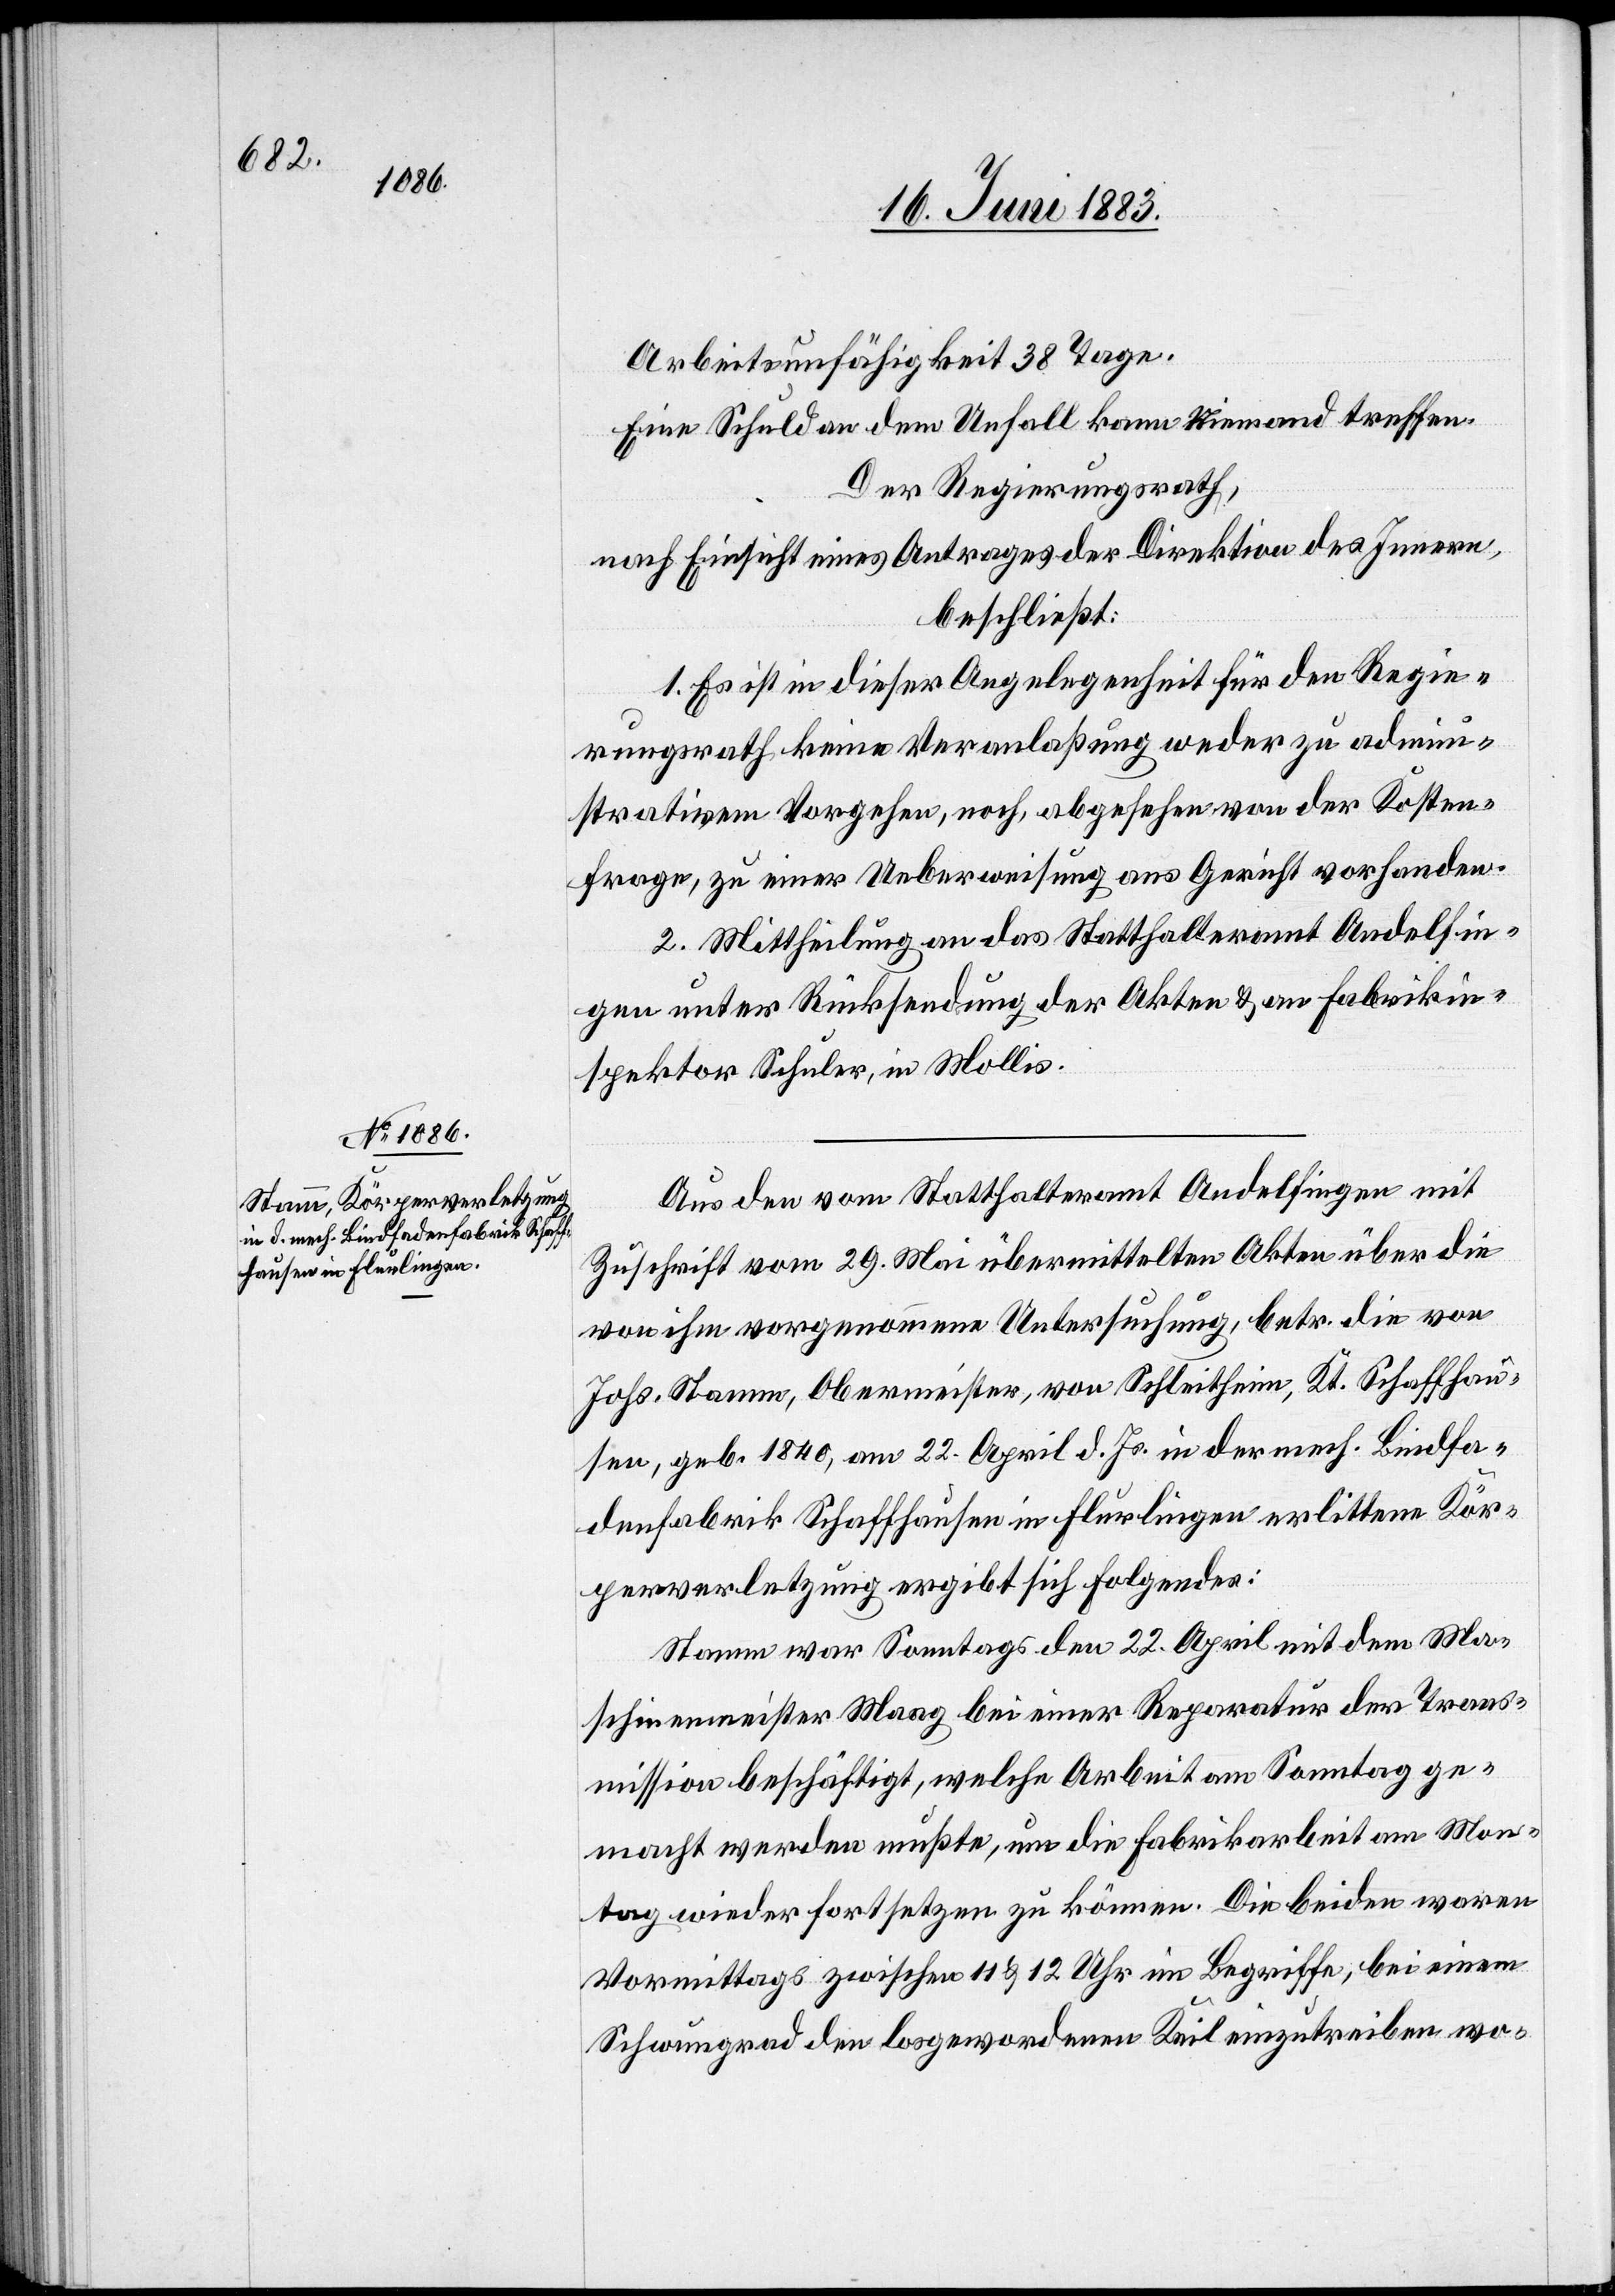
Aus den vom Statthalteramt Andelfingen mit
Zuschrift vom 29. Mai übermittelten Akten über die
von ihm vorgenommene Untersuchung, betr. die von
Johs. Stamm, Obermeister, von Schleitheim, Kt. Schaffhau¬
sen, geb. 1840, am 22. April d. Js. in der mech. Bindfa¬
denfabrik Schaffhausen in Flurlingen erlittene Kör¬
perverletzung ergibt sich folgendes:
Stamm war Sonntags den 22. April mit dem Ma¬
schinenmeister Maag bei einer Reparatur der Trans¬
mission beschäftigt, welche Arbeit am Sonntag ge¬
macht werden mußte, um die Fabrikarbeit am Mon¬
tag wieder fortsetzen zu können. Die beiden waren
Vormittags zwischen 11 & 12 Uhr im Begriffe, bei einem
Schwungrad den losgewordenen Keil einzutreiben wo-